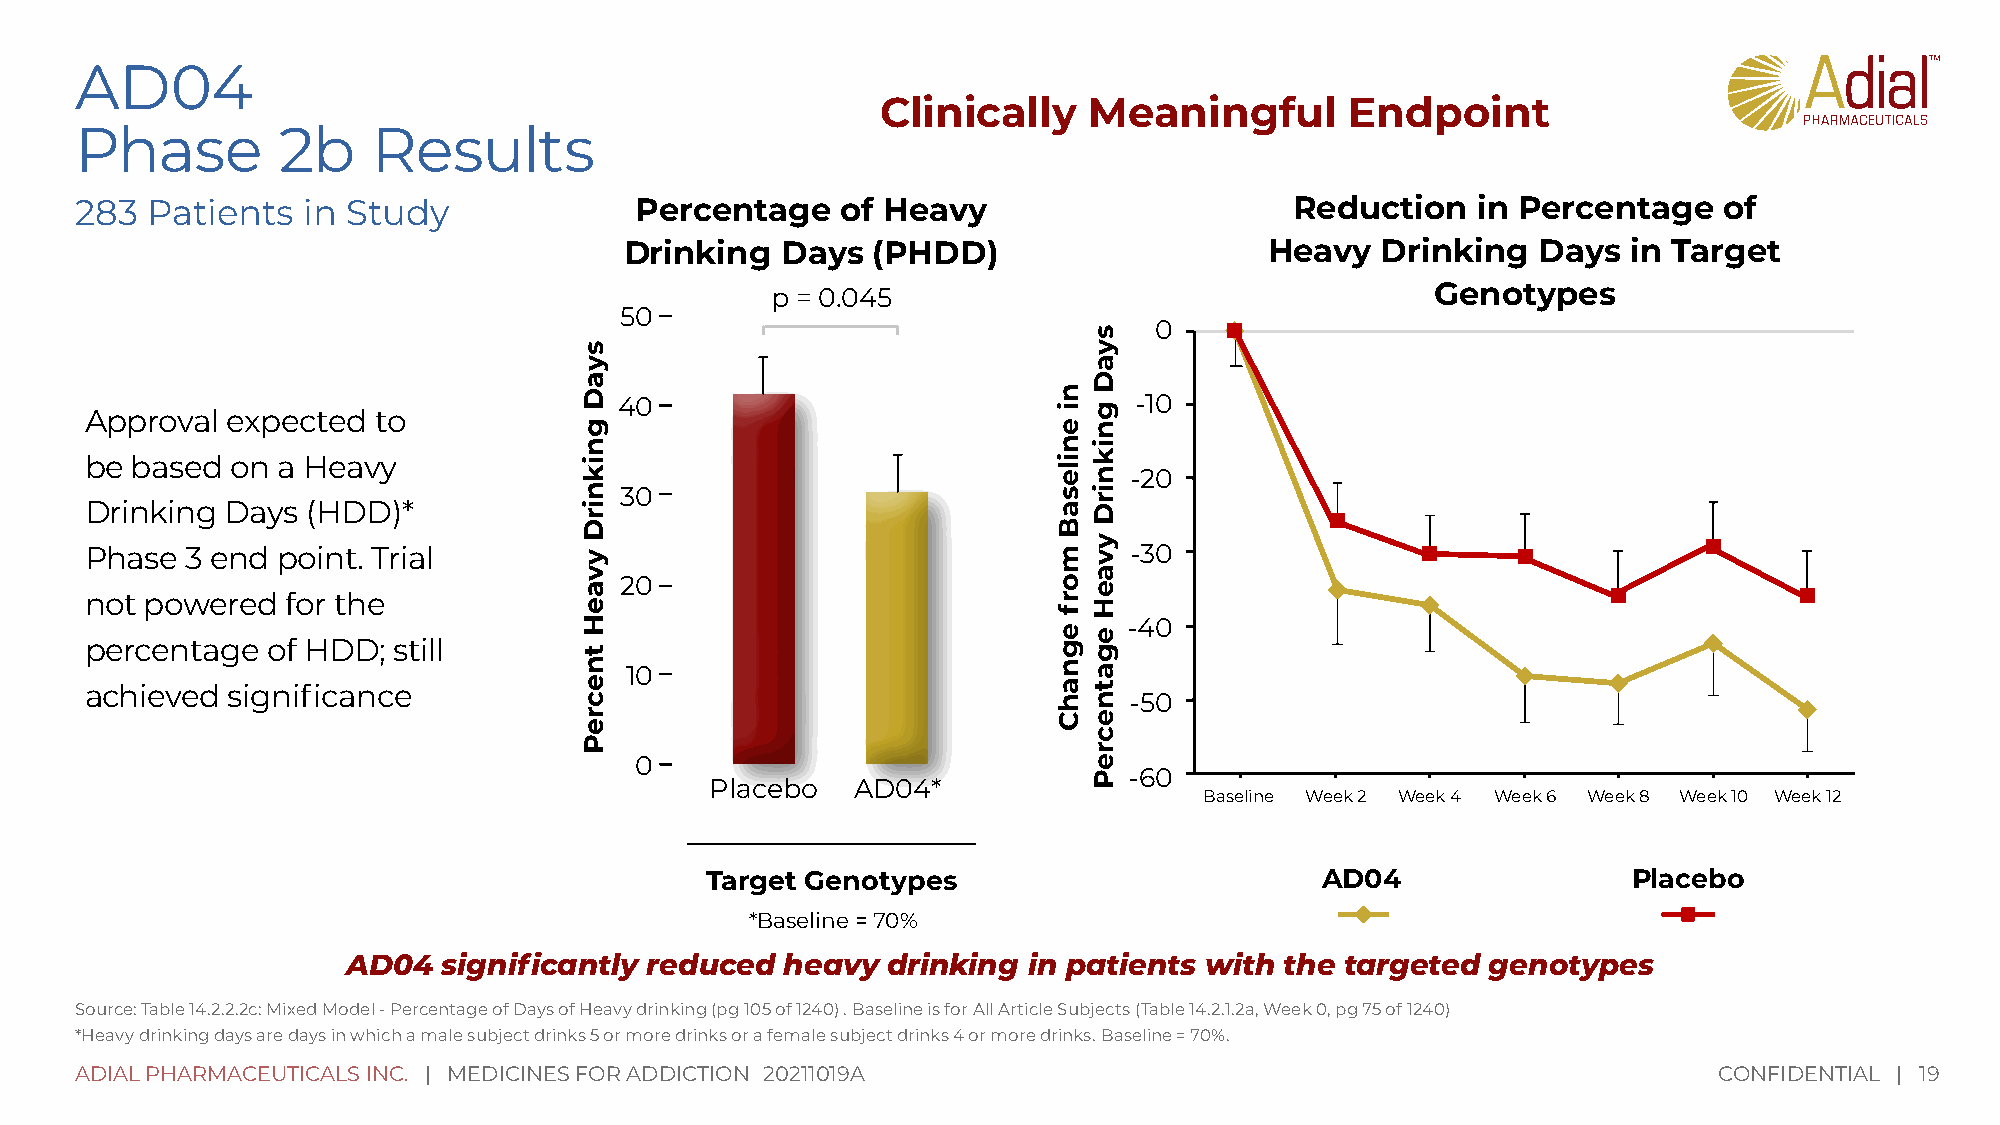
AD04
 Clinically    Meaningful       Endpoint
 Phase        2b     Results
 283  Patients  in Study              Percentage    of Heavy                      Reduction   in Percentage   of
 Drinking   Days  (PHDD)                    Heavy  Drinking   Days  in Target
 p = 0.045                                   Genotypes
 50
 0
 40                                -10
 Approval expected  to
 be based on a Heavy
 -20
 30
 Drinking Days (HDD)*
 Phase 3 end point. Trial                                             -30
 20
 not powered  for the
 -40
 percentage  of HDD; still
 10
 achieved significance
 -50
 0
 -60
 Placebo   AD04*
 Baseline Week 2 Week 4 Week 6 Week 8 Week 10 Week 12
 Target Genotypes                        AD04                 Placebo
 *Baseline = 70%
 AD04  significantly reduced  heavy  drinking in patients with the targeted  genotypes
 Source: Table 14.2.2.2c: Mixed Model - Percentage of Days of Heavy drinking (pg 105 of 1240) . Baseline is for All Article Subjects (Table 14.2.1.2a, Week 0, pg 75 of 1240)
 *Heavy drinking days are days in which a male subject drinks 5 or more drinks or a female subject drinks 4 or more drinks. Baseline = 70%.
 ADIAL PHARMACEUTICALS INC. | MEDICINES FOR ADDICTION 20211019A                                               CONFIDENTIAL | 19
 syaD
 gniknirD
 yvaeH
 tnecreP
 ni
 enilesaB
 morf
 egnahC
 syaD
 gniknirD
 yvaeH
 egatnecreP